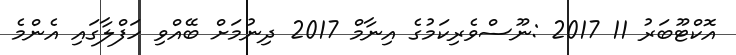
އޮކްޓޫބަރު 11 2017 :ނޫސްވެރިކަމުގެ އިނާމް 2017 ދިނުމަށް ބޭއްވި ހަފްލާގައި އެންމެ